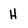
Character: H